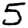
Digit: 5